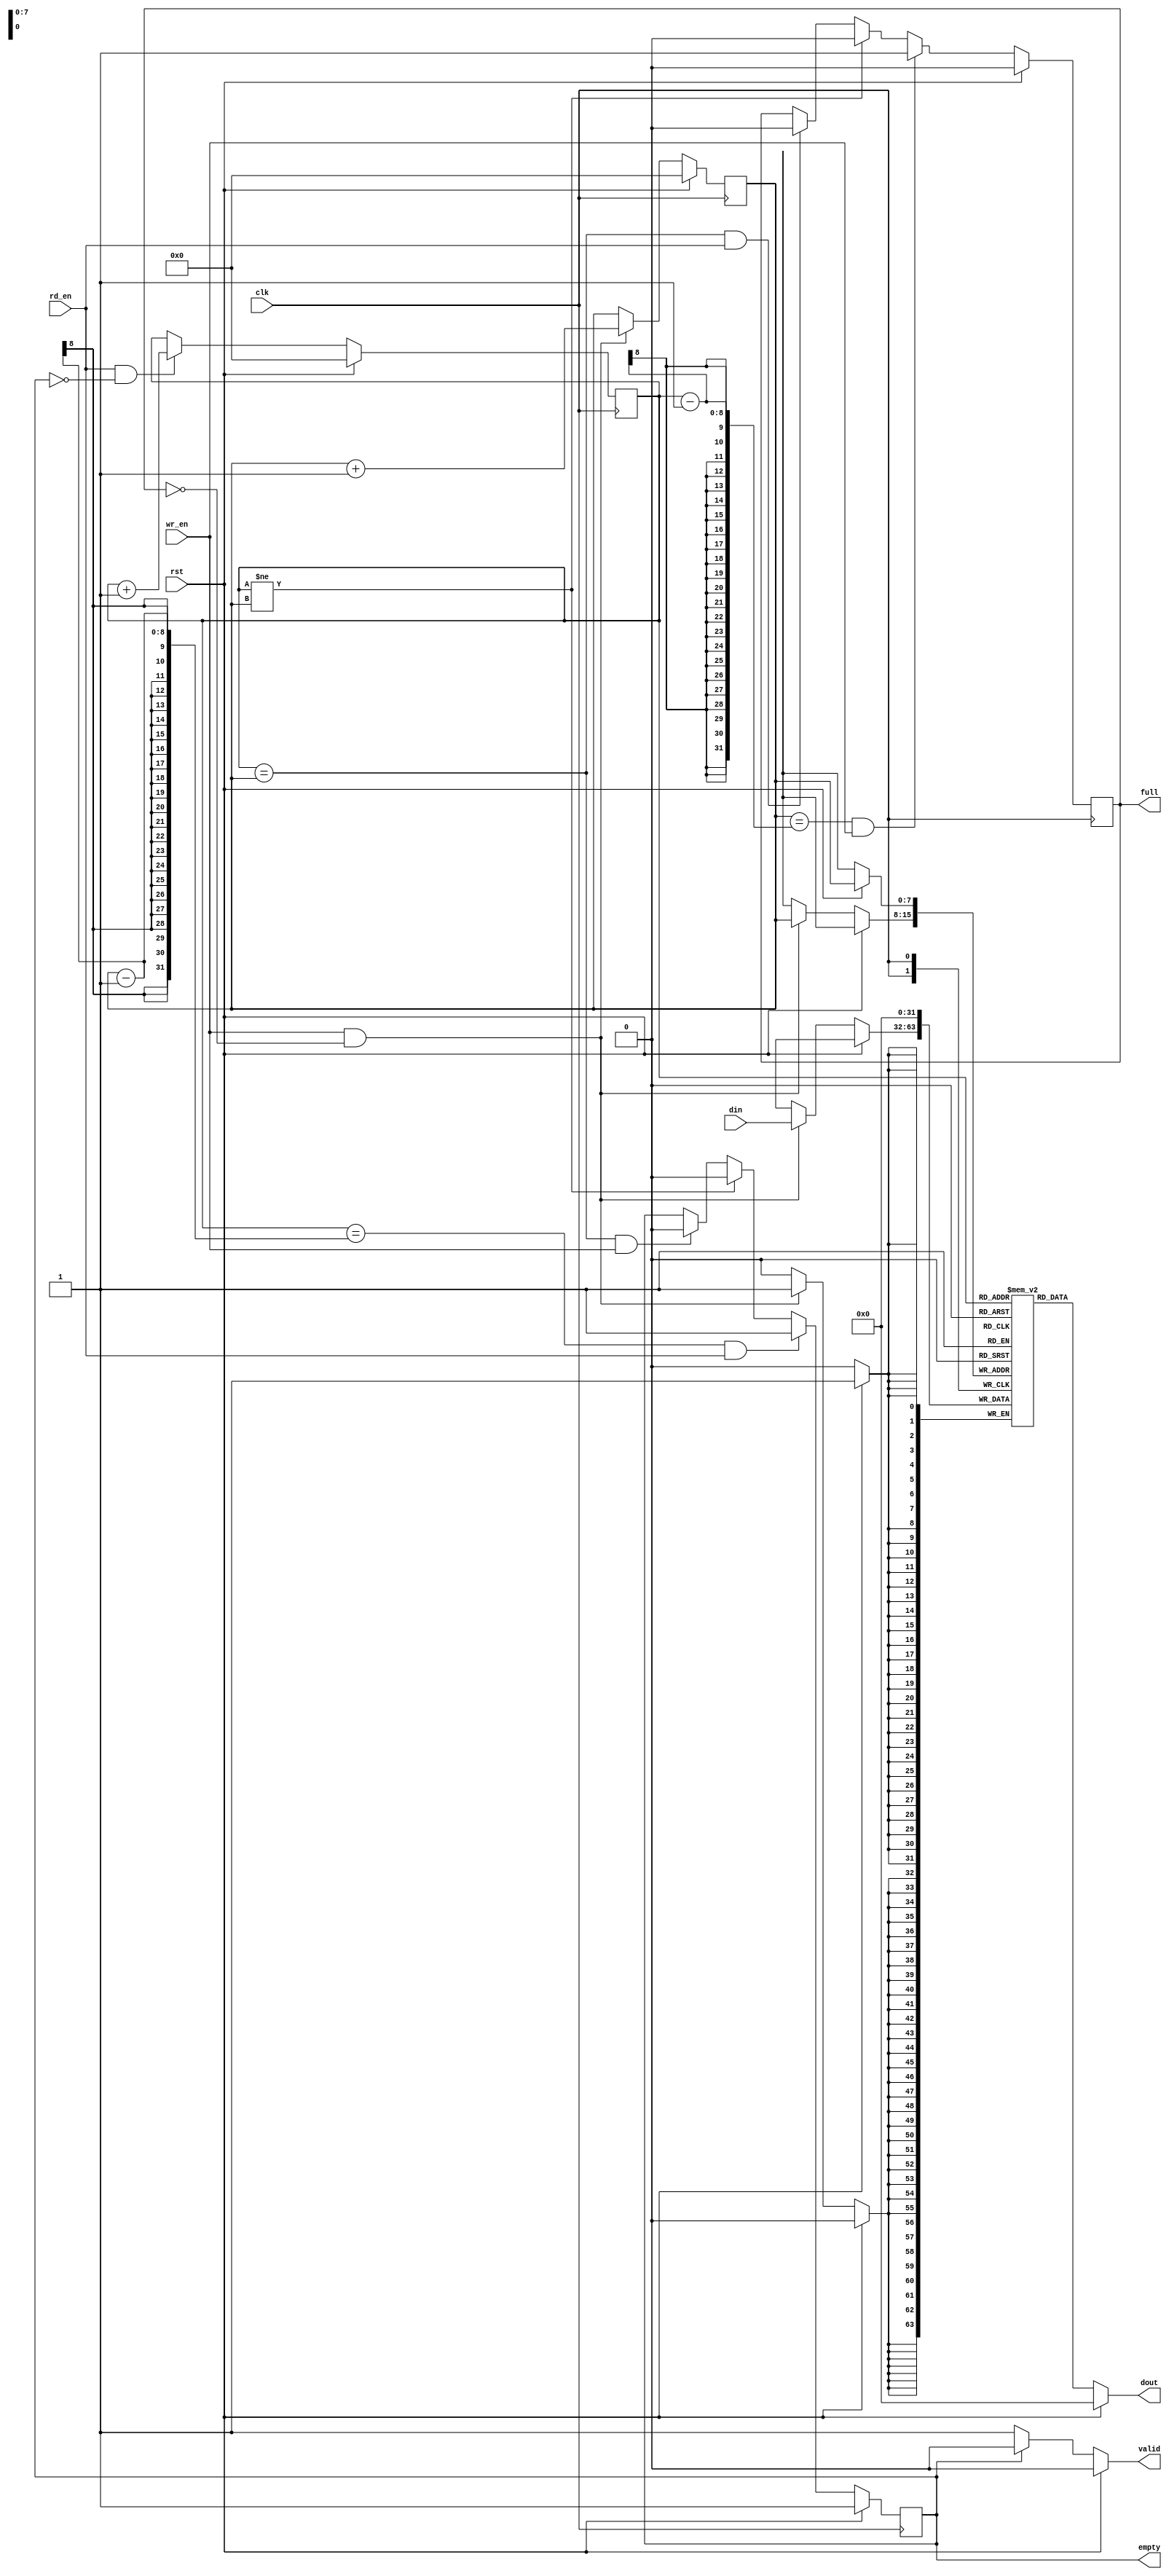
module fifo #(
	parameter      FIFO_DEPTH 	= 'd8	,//指数关系
	parameter	   FIFO_WIDTH	= 'd32	   	
)(
	input								clk			,
	input								rst			,
	input   		[FIFO_WIDTH-1:0]	din			,
	input			                    rd_en       ,
	input   		                    wr_en		,
	output  reg  	[FIFO_WIDTH-1:0]	dout		,
	output  reg   						valid		,
	output	reg							empty		,
	output	reg							full
);
	reg [FIFO_DEPTH-1:0]  rd_item						;
	reg	[FIFO_DEPTH-1:0]  wr_item						; 
	reg [FIFO_WIDTH-1:0]  fifo_mem [2**FIFO_DEPTH-1:0]	;
	
	always@(*) begin
		if(rst) begin
			dout 	= 'b0 				;
			valid	= 'b0				; 
		end
		else if(~empty) begin
			dout 	= fifo_mem[rd_item];
			valid	=	'b1				;
		end
		else begin
			dout	= fifo_mem[rd_item];
			valid   =	'b0				;
		end
	end

	always@(posedge clk) begin
		if(rst) begin
			fifo_mem[wr_item] <= 'b0	;
		end
		else if(wr_en&& ~full) begin
			fifo_mem[wr_item] <= din	;
		end
	end
	
	always@(posedge clk) begin
		if(rst) 
			rd_item <= 'b0				;
		else if(rd_en && ~empty) 
			rd_item <=  rd_item + 'b1	;
	end
	
	always@(posedge clk) begin
		if(rst)
			wr_item <=	'b0				;
		else if(wr_en && ~full)
			wr_item <=	wr_item +  'b1	;
	end
	
	always@(posedge clk) begin
		if(rst) 
			empty   <=  'b1        		;
		else if((rd_item == wr_item - 'b1) && rd_en)
			empty	<=	'b1				;
		else if(rd_item != wr_item)
			empty	<=	'b0				;
		else if(rd_item == wr_item && wr_en)
			empty	<=	'b0				;
	end
	
	always@(posedge clk) begin
		if(rst) 
			full	<=	'b0				;
		else if((wr_item == rd_item - 'b1) && wr_en) 
			full	<=	'b1				;
		else if(rd_item != wr_item)
			full	<=	'b0				;
		else if(rd_item == wr_item && rd_en)
			full	<=	'b0				;
	end
endmodule